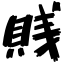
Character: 賎